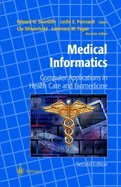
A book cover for Medical Informatics Computer Applications in Health Care & Biomedicine, 2ND EDITION; Medical Books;